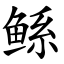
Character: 鲧